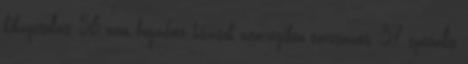
kikapcsolás, 56 nem fogadott hívások nemrégiben tárcsázott, 37 speciális